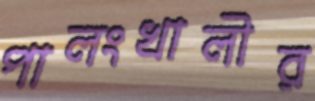
পালংখালীর